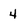
Character: 4